Lunatic asylums United Provinces 1899-1908 - 1899-1908
Year: 1899
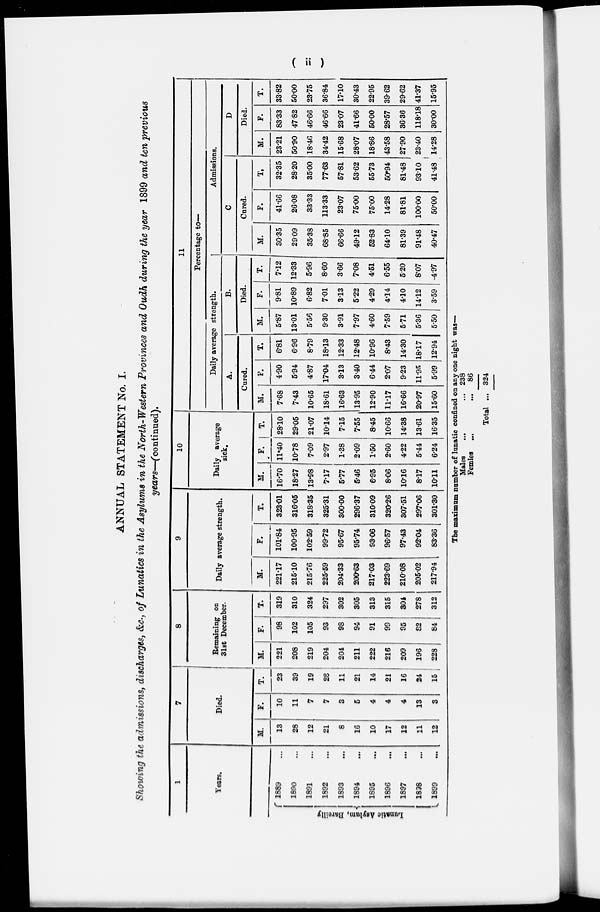
( ii )
ANNUAL STATEMENT No. I.
Showing the admissions, discharges, &c., of Lunatics in the Asylums in the North-Western Provinces and Oudh during the year 1899 and ten previous
years—(continued).
1
Years.
Lunatic Asylum, Bareilly
1889 ...
1890 ...
1891 ...
1892 ...
1893 ...
1894 ...
1895 ...
1896 ...
1897 ...
1898
...
1899 ...
7
Died.
M.
13
28
12
21
8
16
10
17
12
11
12
F.
10
11
7
7
3
5
4
4
4
13
3
T.
23
39
19
28
11
21
14
21
16
24
15
8
Remaining on
31st December.
M.
221
208
219
204
204
211
222
216
209
196
228
F.
98
102
105
93
98
94
91
99
95
82
84
T.
319
310
324
297
302
305
313
315
304
278
312
9
Daily average strength.
M.
221.17
215.10
215.76
225.59
204.33
200.63
217.03
223.69
210.08
205.02
217.94
F.
101.84
100.95
102.59
99.72
95.67
95.74
93.06
96.57
97.43
92.04
83.36
T.
323.01
316.05
318.35
325.31
300.00
296.37
310.09
320.26
307.51
297.06
301.30
10
Daily average
sick.
M.
16.70
18.27
13.98
7.17
5.77
5.46
6.95
8.06
10.16
8.17
10.11
F.
11.40
10.78
7.09
2.97
1.38
2.09
1.50
2.60
4.22
5.44
6.24
T.
28.10
29.05
21.07
10.14
7.15
7.55
8.45
10.66
14.38
13.61
16.35
11
Percentage to-
Daily average strength.
A.
Cured.
M.
7.68
7.43
10.65
18.61
16.63
13.95
12.90
11.17
16.66
20.97
15.60
F.
4.90
5.94
4.87
17.04
3.13
3.40
6.44
2.07
9.23
11.95
5.99
T.
6.81
6.96
8.79
18.13
12.33
12.48
10.96
8.43
14.30
18.17
12.94
B.
Died.
M.
5.87
13.01
5.56
9.30
3.91
7.97
4.60
7.59
5.71
5.36
5.50
F.
9.81
10.89
6.82
7.01
3.13
5.22
4.29
4.14
4.10
14.12
3.59
T.
7.12
12.33
5.96
8.60
3.66
7.08
4.51
6.55
5.20
8.07
4.97
Admissions.
C.
Cured.
M.
30.35
29.09
35.38
68.85
66.66
49.12
52.83
64.10
81.39
91.48
40.47
F.
41.66
26.08
33.33
113.33
23.07
75.00
75.00
14.28
81.81
100.00
50.00
T.
32.35
28.20
35.00
77.63
57.81
53.62
55.73
50.94
81.48
93.10
41.48
D.
Died.
M.
23.21
50.90
18.46
34.42
15.68
28.07
18.86
43.58
27.90
23.40
14.28
F.
83.33
47.82
46.66
46.66
23.07
41.66
50.00
28.57
36.36
118.18
30.00
T.
33.82
50.00
23.75
36.84
17.10
30.43
22.95
39.62
29.62
41.37
15.95
The maximum number of lunatic confined on any one night was—
Males
...
...
Females
...
...
Total ...
238
86
324